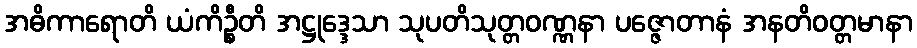
အဓိကာရောတိ ယံကိဉ္စီတိ အဋ္ဌုဒ္ဒေသာ သုပတိသုတ္တဝဏ္ဏနာ ပဇ္ဇောတာနံ အနတိဝတ္တမာနာ